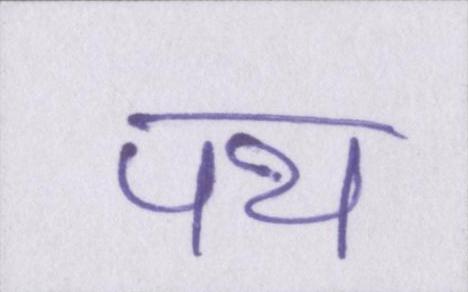
पथ